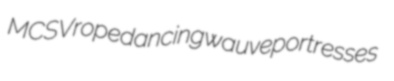
MCSV ropedancing wauve portresses